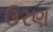
ઉરણ